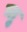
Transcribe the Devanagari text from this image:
म्तु